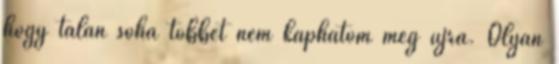
hogy talán soha többet nem kaphatom meg újra. Olyan